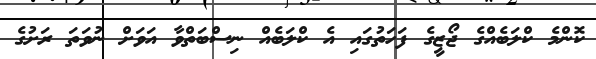
ކޮންމެ ކްލަބެއްގެ ޖޯޒީގެ ފަހަތުގައި އެ ކްލަބެއް ނިސްބަތްވާ އަވަށް ނުވަތަ ރަށުގެ